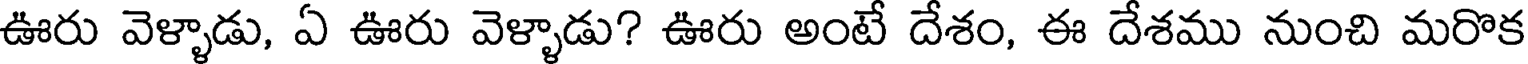
ఊరు వెళ్ళాడు, ఏ ఊరు వెళ్ళాడు? ఊరు అంటే దేశం, ఈ దేశము నుంచి మరొక